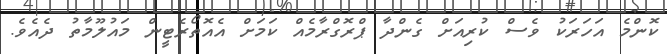
ކޮންމެ އަހަރަކު ވެސް ކުރިއަށް ގެންދާ ޕްރޮގްރާމެއް ކަމަށް އެއޮތޯރެޓީން މައުލޫމާތު ދެއެވެ.